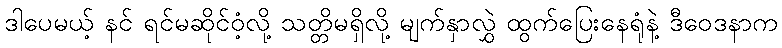
ဒါပေမယ့် နင် ရင်မဆိုင်ဝံ့လို့ သတ္တိမရှိလို့ မျက်နှာလွှဲ ထွက်ပြေးနေရုံနဲ့ ဒီဝေဒနာက